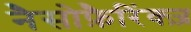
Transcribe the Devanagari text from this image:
नैसोफ़ैरिंक्ज़